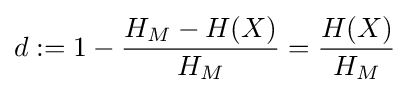
d:=1-{\frac {H_{M}-H(X)}{H_{M}}}={\frac {H(X)}{H_{M}}}